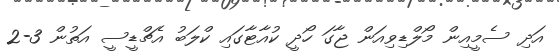
އަދި ސެމީއިން މޯލްޑިވިއަން ޖާގަ ހޯދީ ކުއާޓާގައި ކްލަބު އެޗްޑީސީ އަތުން 3-2